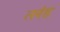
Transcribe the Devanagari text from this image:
तरंह